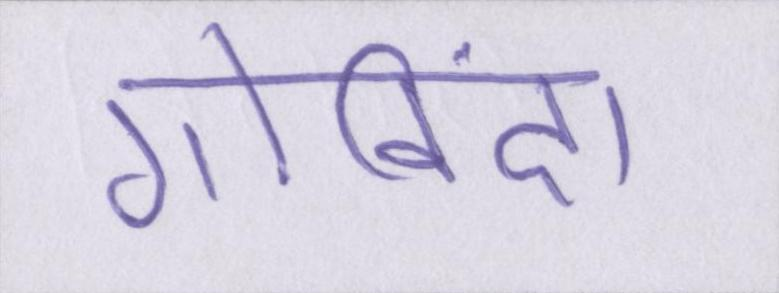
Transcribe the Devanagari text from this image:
गोविंदा